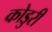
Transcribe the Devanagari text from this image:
कोडुरी